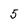
Character: 5